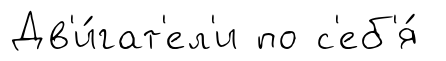
Дв'и́гат'ел'и по с'еб'я́